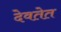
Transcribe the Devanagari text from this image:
देवतेत